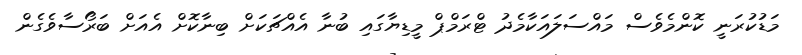
މަޑުކުރަނީ ކޮންމެވެސް މައްސަލައަކާމެދު ޓްރަމްޕް މީޑިޔާގައި ބުނާ އެއްޗަކަށް ބިނާކޮށް އެއަށް ބަރޯސާވެގެން